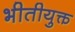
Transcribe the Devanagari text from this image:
भीतीयुक्त